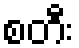
စတီး